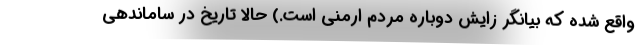
واقع شده که بیانگر زایش دوباره مردم ارمنی است.) حالا تاریخ در ساماندهی